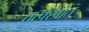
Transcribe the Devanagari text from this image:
तत्‍पश्‍वात्